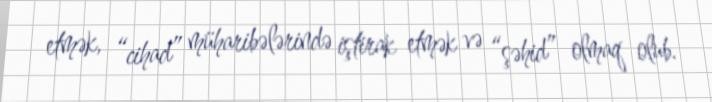
etmək, “cihad” müharibələrində iştirak etmək və “şəhid” olmaq olub.